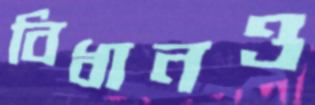
বিধানও